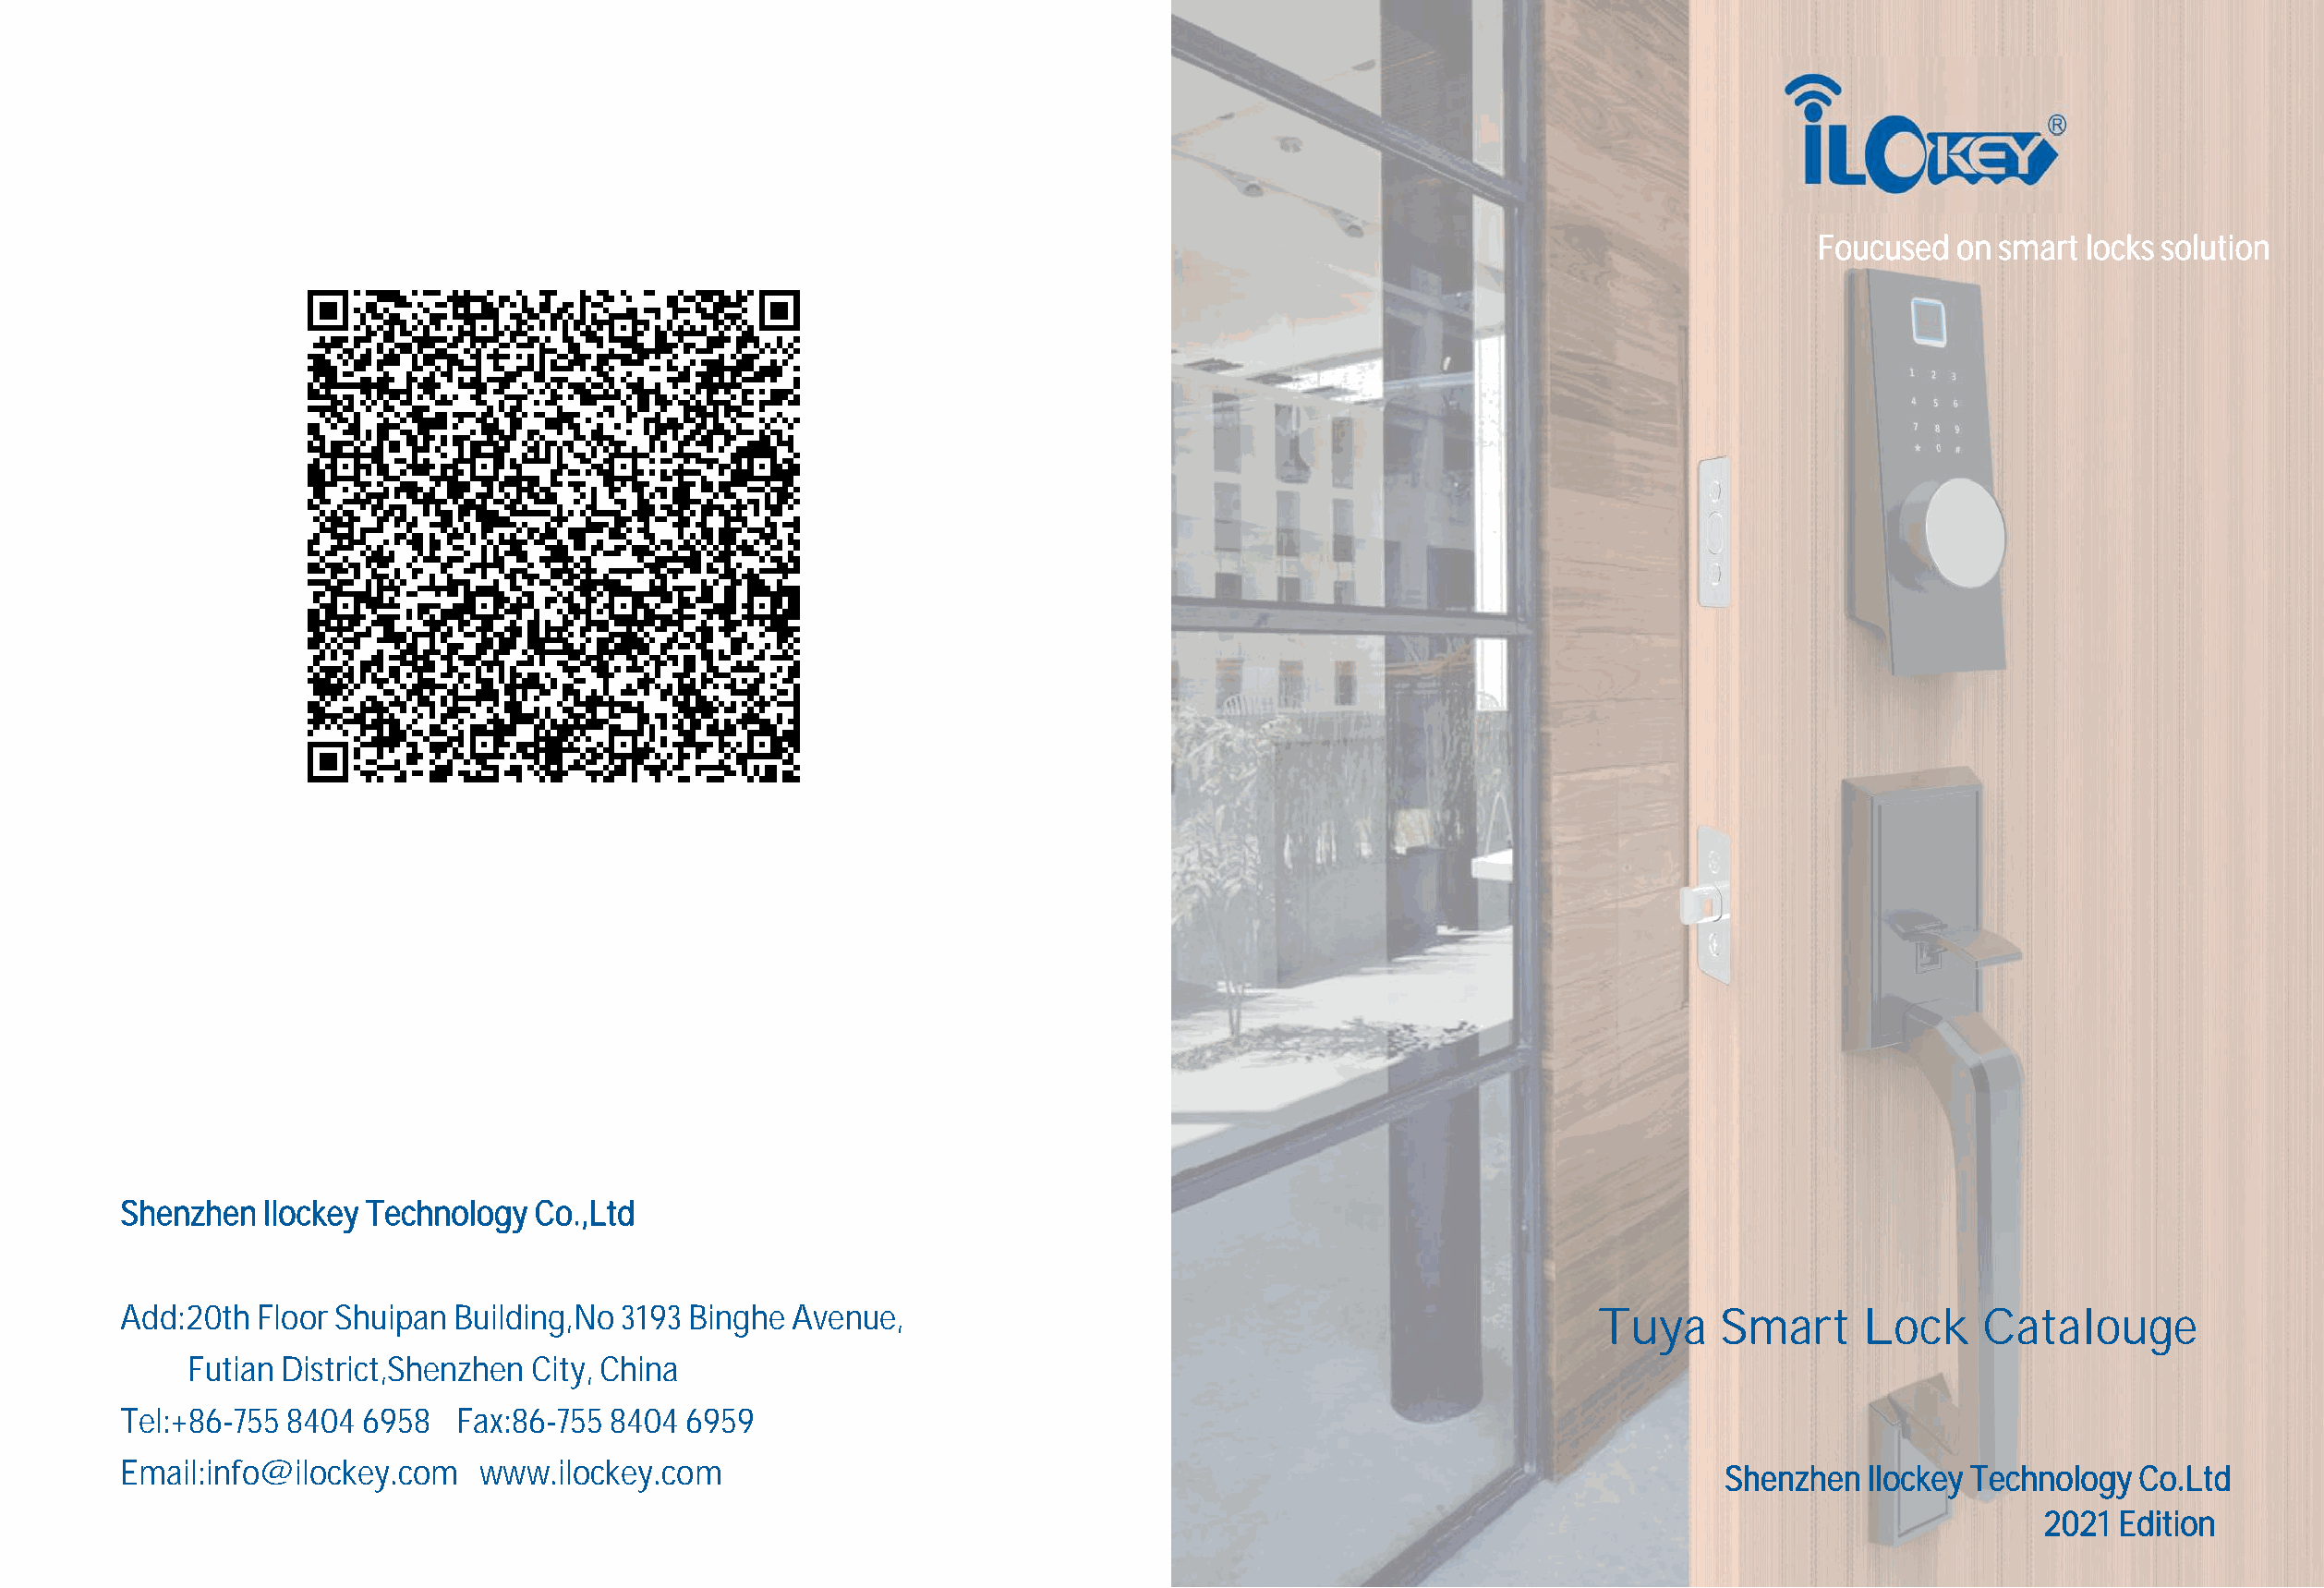
Foucused  on smart locks solution
 Shenzhen  Ilockey Technology Co.,Ltd
 Add:20th Floor Shuipan  Building,No 3193 Binghe Avenue,
 Tuya    Smart     Lock     Catalouge
 Futian District,Shenzhen City, China
 Tel:+86-755 8404 6958   Fax:86-755 8404 6959
 Email:info@ilockey.com   www.ilockey.com                                                                           Shenzhen  Ilockey Technology Co.Ltd
 2021  Edition